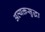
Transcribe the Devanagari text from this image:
अव्यक्तसुद्धा